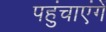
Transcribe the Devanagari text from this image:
पहुंचाएंगें